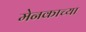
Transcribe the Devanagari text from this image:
मेनकाच्या